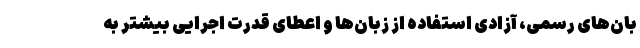
بان‌های رسمی، آزادی استفاده از زبان‌ها و اعطای قدرت اجرایی بیشتر به